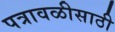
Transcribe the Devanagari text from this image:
पत्रावळीसाठी